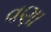
વણા